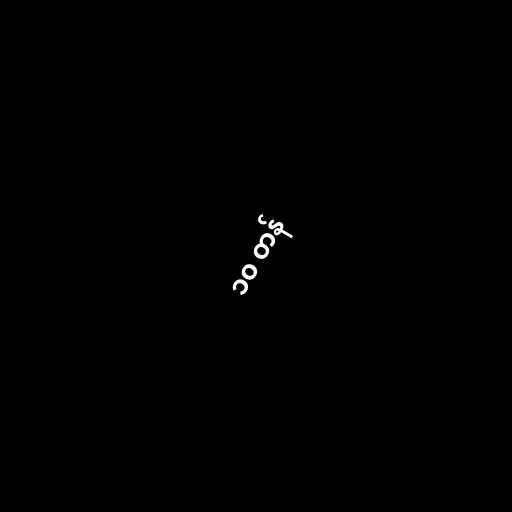
၁၀ တန်